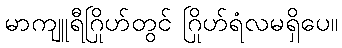
မာကျူရီဂြိုဟ်တွင် ဂြိုဟ်ရံလမရှိပေ။